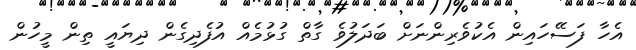
އެހާ ފަސޭހައިން އެކުވެރިންނަށް ބަދަލުވެ ގާތް ގުޅުމެއް އުފެދިގެން ދިޔައީ ތިން މީހުން